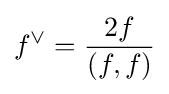
f^{\vee }={\frac {2f}{(f,f)}}